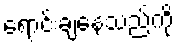
ရောင်းချနေသည်ကို